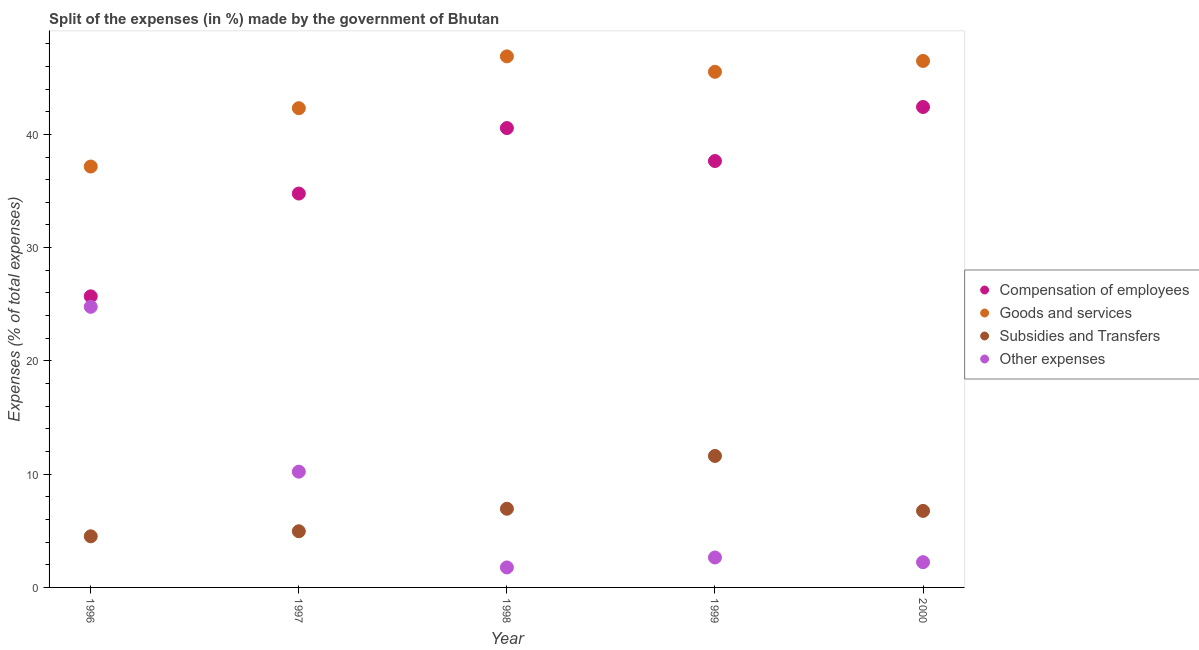
| Year | Compensation of employees | Goods and services | Subsidies and Transfers | Other expenses |
 | --- | --- | --- | --- | --- |
 | 1996 | 25.7 | 37.2 | 4.51 | 24.8 |
 | 1997 | 34.8 | 42.3 | 4.96 | 10.2 |
 | 1998 | 40.6 | 46.9 | 6.95 | 1.76 |
 | 1999 | 37.6 | 45.5 | 11.6 | 2.64 |
 | 2000 | 42.4 | 46.5 | 6.76 | 2.23 |